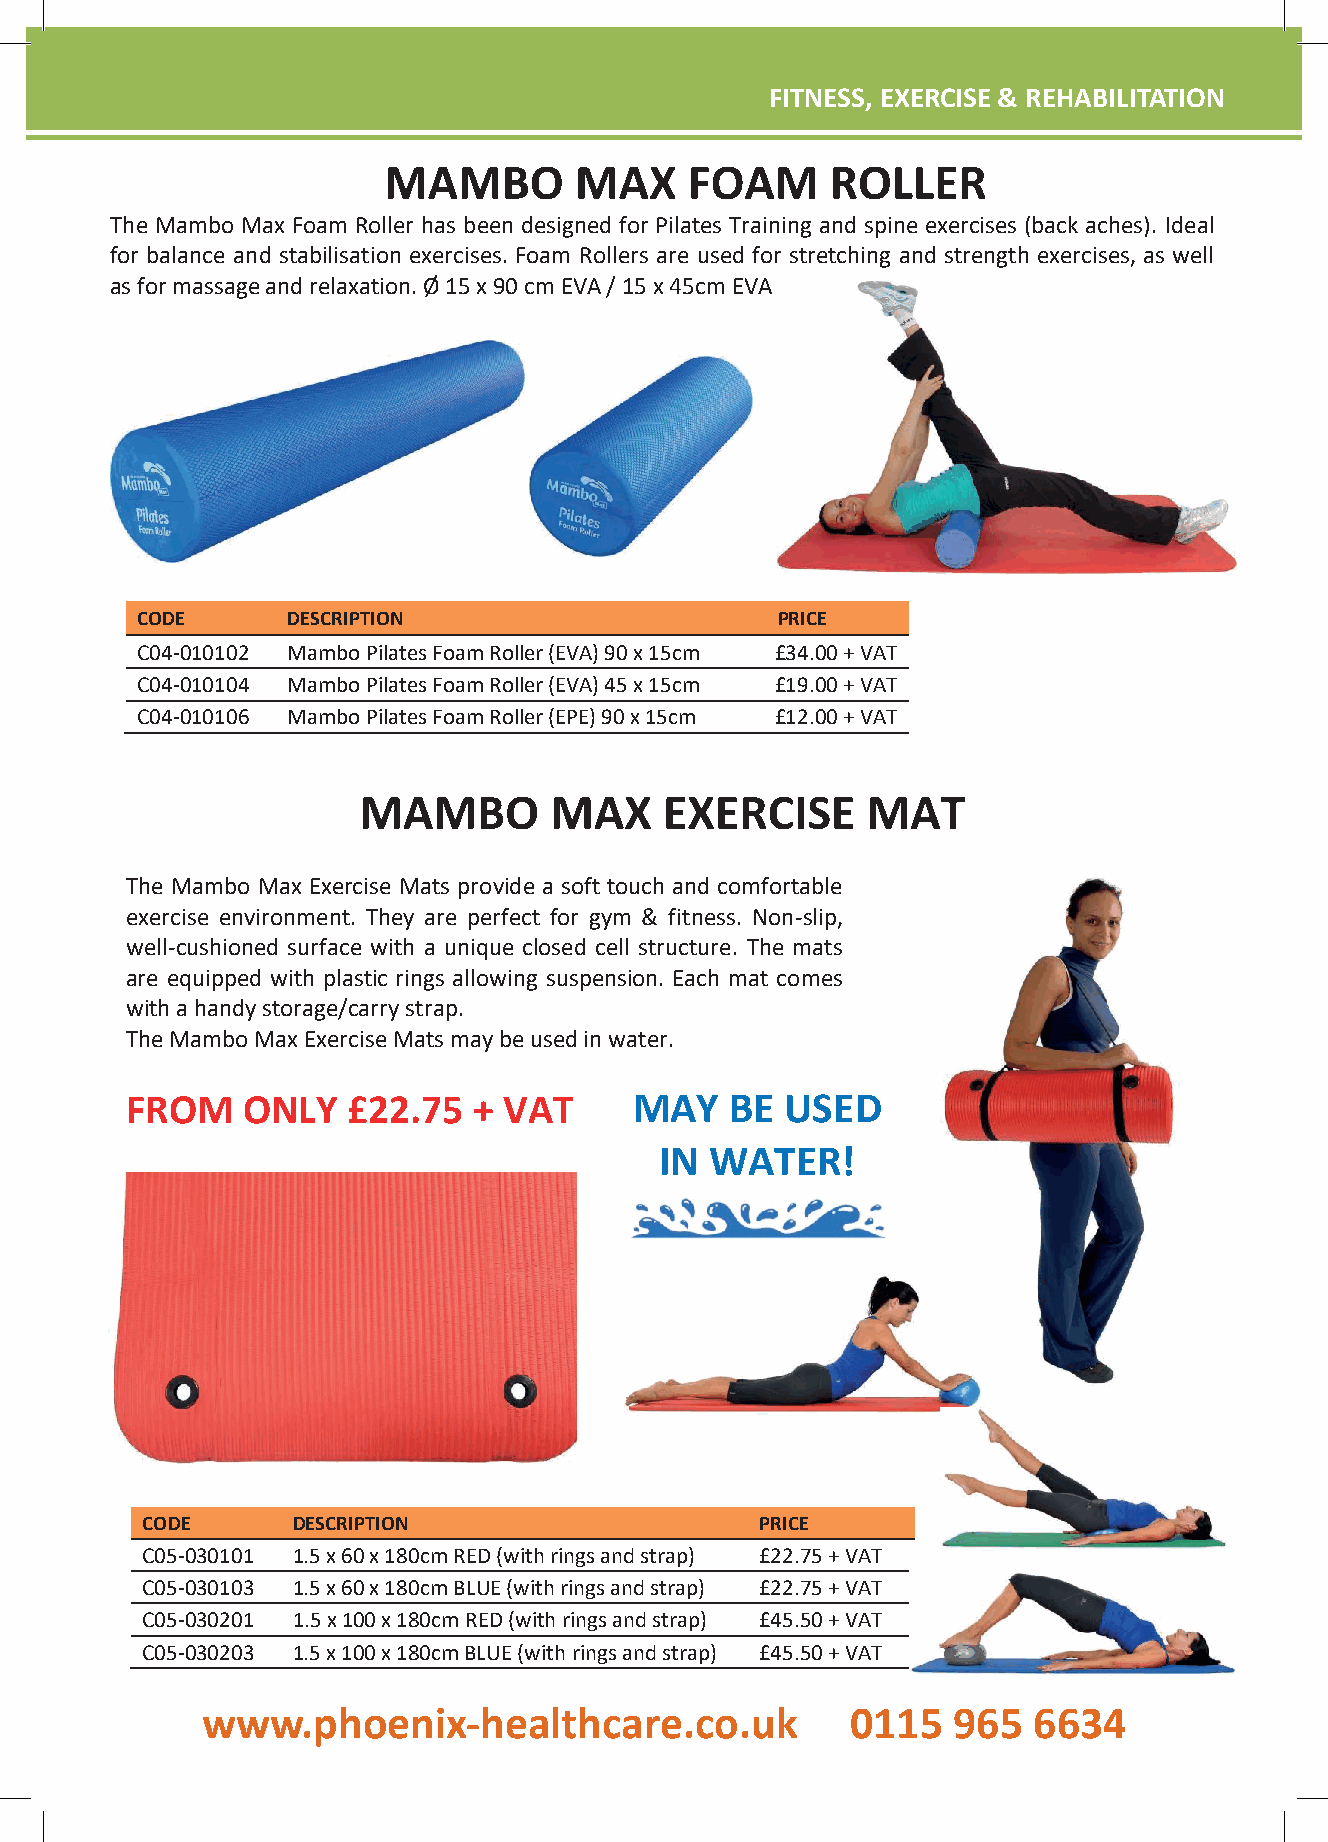
FFIITTNNEESSSS,, EEXXEERRCCIISSEE && RREEHHAABBIILLIITTAATTIIOONN
 FITNESS, EXERCISE & REHABILITATION
 MAMBO        MAX     FOAM     ROLLER
 The Mambo Max Foam Roller has been designed for Pilates Training and spine exercises (back aches). Ideal
 for balance and stabilisation exercises. Foam Rollers are used for stretching and strength exercises, as well
 as for massage and relaxation. Ø 15 x 90 cm EVA / 15 x 45cm EVA
 CODE      DESCRIPTION                     PRICE
 C04-010102 Mambo Pilates Foam Roller (EVA) 90 x 15cm £34.00 + VAT
 C04-010104 Mambo Pilates Foam Roller (EVA) 45 x 15cm £19.00 + VAT
 C04-010106 Mambo Pilates Foam Roller (EPE) 90 x 15cm £12.00 + VAT
 MAMBO       MAX     EXERCISE     MAT
 The Mambo Max Exercise Mats provide a soft touch and comfortable
 exercise environment. They are perfect for gym & fitness. Non-slip,
 well-cushioned surface with a unique closed cell structure. The mats
 are equipped with plastic rings allowing suspension. Each mat comes
 with a handy storage/carry strap.
 The Mambo Max Exercise Mats may be used in water.
 FROM    ONLY   £22.75  + VAT      MAY   BE  USED
 IN WATER!
 CODE      DESCRIPTION                    PRICE
 C05-030101 1.5 x 60 x 180cm RED (with rings and strap) £22.75 + VAT
 C05-030103 1.5 x 60 x 180cm BLUE (with rings and strap) £22.75 + VAT
 C05-030201 1.5 x 100 x 180cm RED(with rings and strap) £45.50 + VAT
 C05-030203 1.5 x 100 x 180cm BLUE (with rings and strap) £45.50 + VAT
 wwwwww..pphhooeenniixx--hheeaalltthhccaarree..ccoo..uukk 00111155 996655 66663344
 www.phoenix-healthcare.co.uk                 0115   965  6634